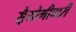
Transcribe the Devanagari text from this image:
स़ैयोगीचारी